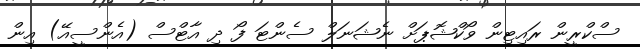
ސްކްރީން ރައިޓިން ވޯކްޝޮޕަށް ނެޝަނަލް ސެންޓަ ފޯ ދި އާޓްސް (އެންސީއޭ) އިން